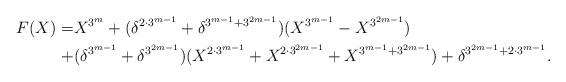
LaTeX: \begin{align*} F(X)= & X^{3^m}+(\delta^{2\cdot{3^{m-1}}}+\delta^{3^{m-1}+3^{2m-1}})(X^{3^{m-1}}-X^{3^{2m-1}})\\ + & (\delta^{3^{m-1}}+\delta^{3^{2m-1}})(X^{2\cdot3^{m-1}}+X^{2\cdot3^{2m-1}} +X^{3^{m-1}+3^{2m-1}})+\delta^{3^{2m-1}+2\cdot3^{m-1}}.\end{align*}